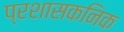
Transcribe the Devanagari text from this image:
प्रशासकनिक